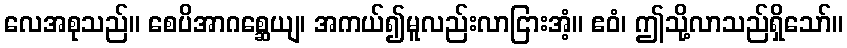
လေအစုသည်။ စေပိအာဂစ္ဆေယျ၊ အကယ်၍မူလည်းလာငြားအံ့။ ဧဝံ၊ ဤသို့လာသည်ရှိသော်။